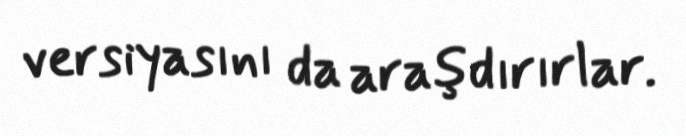
versiyasını da araşdırırlar.